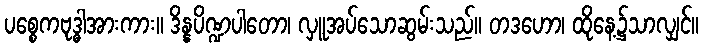
ပစ္စေကဗုဒ္ဓါအားကား။ ဒိန္နပိဏ္ဍပါတော၊ လှူအပ်သောဆွမ်းသည်။ တဒဟော၊ ထိုနေ့၌သာလျှင်။